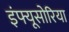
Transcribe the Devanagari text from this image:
इंफ्यूसोरिया